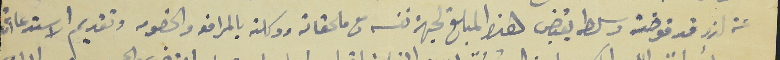
عنه لذا وقد فوضته وسلطه يقبض هذه المبلغ لجهة نفسه مع ملحقاته ووكلته بالمرافعه والخصومه وتقديم الاستدعاأت